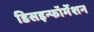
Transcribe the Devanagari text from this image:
डिसइन्फॉर्मेशन